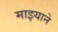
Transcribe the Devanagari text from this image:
माझ्याने